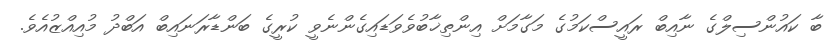
ބާ ކައުންސިލްގެ ނާއިބް ރައީސްކަމުގެ މަގާމަށް އިންތިޚާބުވެވަޑައިގެންނެވީ ކުރީގެ ބަންޑާރަނައިބް އަބްދު މުއިއްޒުއެވެ.